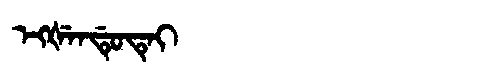
Manchu: ᡝᡴᡧᡝᠨᡩᡠᡨᡝᡳ
Romanization: EKŠENDUTEI